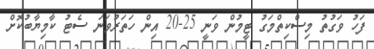
ފަހު ވަގުތު މިސްކިތްމަގު ޓީމުން ވަނީ 25-20 އިން ހަތަރުވަނަ ސެޓު ކާމިޔާބުކޮށް